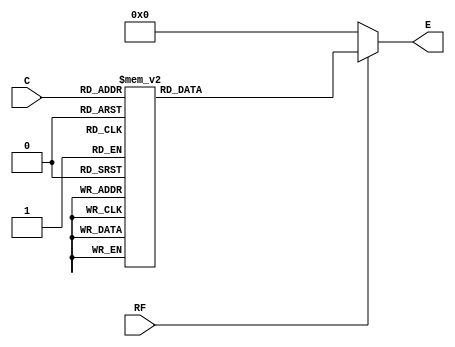
//BINARY DECODER - C is a 5bit input and RF is a 1bit input.
//E is a 32bit output and a function of C and RF. 

module binaryDecoder (output reg [31:0] E, input [4:0] C, input RF);
    always @ (*) begin
        if (RF == 1'b1) 
          begin
              case (C)
              5'b00000: E = 32'b00000000000000000000000000000001;
              5'b00001: E = 32'b00000000000000000000000000000010;
              5'b00010: E = 32'b00000000000000000000000000000100;
              5'b00011: E = 32'b00000000000000000000000000001000;
              5'b00100: E = 32'b00000000000000000000000000010000;
              5'b00101: E = 32'b00000000000000000000000000100000;
              5'b00110: E = 32'b00000000000000000000000001000000;
              5'b00111: E = 32'b00000000000000000000000010000000;
              5'b01000: E = 32'b00000000000000000000000100000000;
              5'b01001: E = 32'b00000000000000000000001000000000;
              5'b01010: E = 32'b00000000000000000000010000000000;
              5'b01011: E = 32'b00000000000000000000100000000000;
              5'b01100: E = 32'b00000000000000000001000000000000;
              5'b01101: E = 32'b00000000000000000010000000000000;
              5'b01110: E = 32'b00000000000000000100000000000000;
              5'b01111: E = 32'b00000000000000001000000000000000;
              5'b10000: E = 32'b00000000000000010000000000000000;
              5'b10001: E = 32'b00000000000000100000000000000000;
              5'b10010: E = 32'b00000000000001000000000000000000;
              5'b10011: E = 32'b00000000000010000000000000000000;
              5'b10100: E = 32'b00000000000100000000000000000000;
              5'b10101: E = 32'b00000000001000000000000000000000;
              5'b10110: E = 32'b00000000010000000000000000000000;
              5'b10111: E = 32'b00000000100000000000000000000000;
              5'b11000: E = 32'b00000001000000000000000000000000;
              5'b11001: E = 32'b00000010000000000000000000000000;
              5'b11010: E = 32'b00000100000000000000000000000000;
              5'b11011: E = 32'b00001000000000000000000000000000;
              5'b11100: E = 32'b00010000000000000000000000000000;
              5'b11101: E = 32'b00100000000000000000000000000000;
              5'b11110: E = 32'b01000000000000000000000000000000;
              5'b11111: E = 32'b10000000000000000000000000000000;
              endcase
          end
        else 
          E = 32'b00000000000000000000000000000000;
    end
endmodule